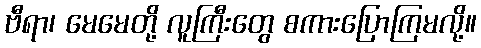
ဗီရာ၊ မေမေတို့ လူကြီးတွေ စကားပြောကြမလို့။